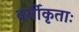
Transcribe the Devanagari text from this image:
वर्गीकृताः